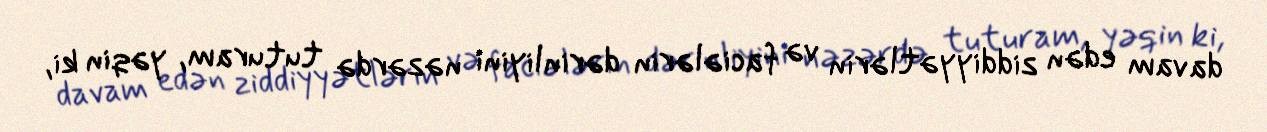
davam edən ziddiyyətlərin və faciələrin dərinliyini nəzərdə tuturam, yəqin ki,